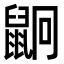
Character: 𪕍